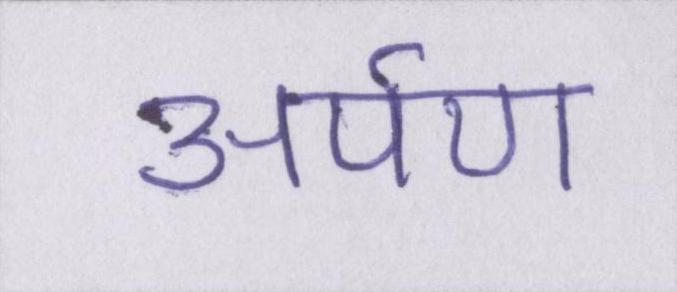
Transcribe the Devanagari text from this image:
अर्पण